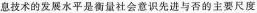
息技术的发展水平是衡量社会意识先进与否的主要尺度